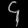
Digit: ၄